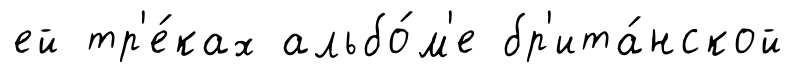
ей тр'е́ках альбо́м'е бр'ита́нской